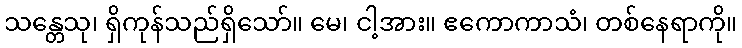
သန္တေသု၊ ရှိကုန်သည်ရှိသော်။ မေ၊ ငါ့အား။ ဧကောကာသံ၊ တစ်နေရာကို။